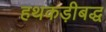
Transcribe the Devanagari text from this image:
हथकड़ीबद्ध